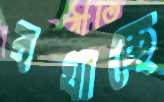
বখাচ্ছে